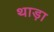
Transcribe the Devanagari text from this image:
थाड़ा